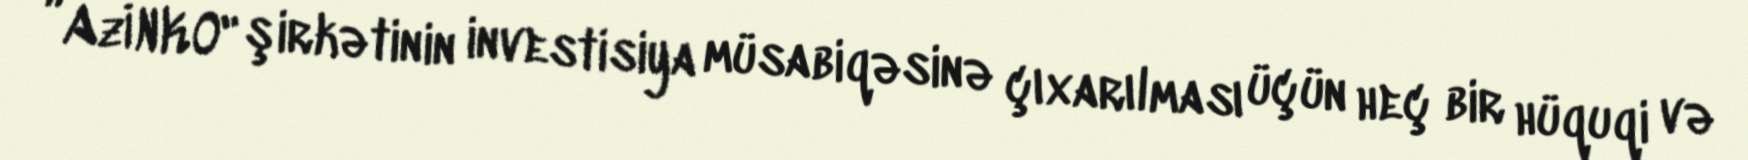
”AzİNKO" şirkətinin investisiya müsabiqəsinə çıxarılması üçün heç bir hüquqi və